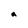
Character: a